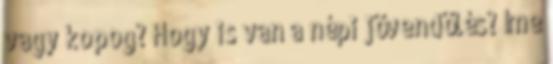
vagy kopog? Hogy is van a népi jövendölés? Íme